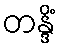
တန္ဒိံ